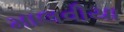
માલવીયા